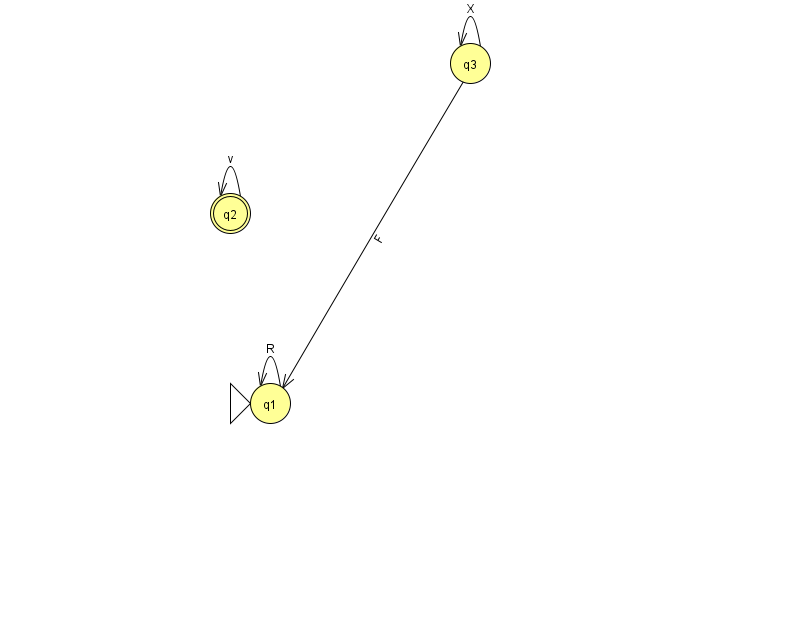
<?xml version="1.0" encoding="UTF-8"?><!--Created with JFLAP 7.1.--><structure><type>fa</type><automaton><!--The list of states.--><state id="1" name="q1"><x>270.0</x><y>390.0</y><initial/></state><state id="2" name="q2"><x>230.0</x><y>200.0</y><final/></state><state id="3" name="q3"><x>470.0</x><y>50.0</y></state><!--The list of transitions.--><transition><from>1</from><to>1</to><read>R</read></transition><transition><from>2</from><to>2</to><read>v</read></transition><transition><from>3</from><to>3</to><read>X</read></transition><transition><from>3</from><to>1</to><read>F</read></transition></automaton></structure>